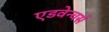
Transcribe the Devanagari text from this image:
एडवेन्चर्स